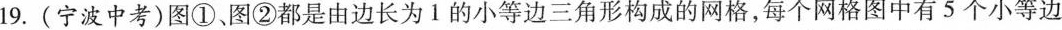
19.(宁波中考)图①图②都是由边长为1的小等边三角形构成的网格，每个网格图中有5个小等边